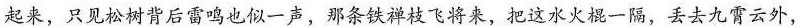
起来，只见松树背后雷鸣也似一声，那条铁禅枝飞将来，把这水火棍一隔，丢去九霄云外，